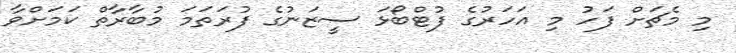
މި މެޗަށް ފަހު މި އަހަރުގެ ފުޓްބޯޅަ ސީޒަނުގެ ފުރަތަމަ މުބާރާތް ކަމަށްވާ